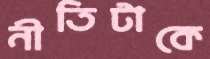
নীতিটাকে